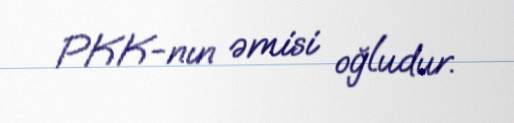
PKK-nın əmisi oğludur.